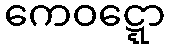
ကေဝဋ္ဋော